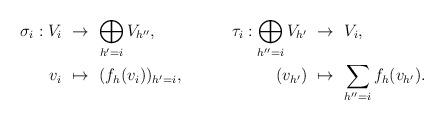
LaTeX: \begin{align*}\sigma_i : V_i & \,\,\to\,\, \bigoplus_{h'=i} V_{h''}, & {} \!\!\!\!\!\!\tau_i: \bigoplus_{h''=i}V_{h'} & \,\,\to\,\, V_i , \\v_i & \,\,\mapsto\,\, (f_h(v_i))_{h'=i}, & {} (v_{h'}) & \,\,\mapsto\,\, \sum_{h''=i} f_h(v_{h'}). \end{align*}